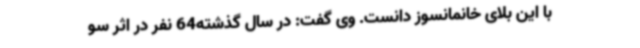
با این بلای خانمانسوز دانست. وی گفت: در سال گذشته64 نفر در اثر سو